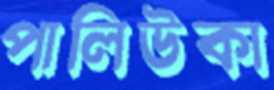
পালিউকা